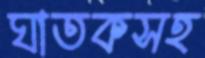
ঘাতকসহ